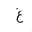
Letter: _gayn